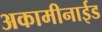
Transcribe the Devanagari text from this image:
अकामीनाईड